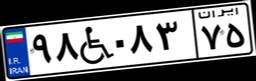
۸۴W۲۷۴۵۱